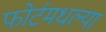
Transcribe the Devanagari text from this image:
फोर्टमधल्या